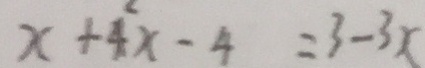
x + 4 ^ { 2 } x - 4 = 3 - 3 x